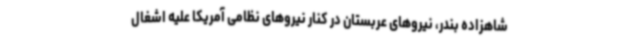
شاهزاده بندر، نیروهای عربستان در کنار نیروهای نظامی آمریکا علیه اشغال